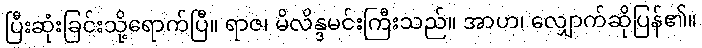
ပြီးဆုံးခြင်းသို့ရောက်ပြီ။ ရာဇ၊ မိလိန္ဒမင်းကြီးသည်။ အာဟ၊ လျှောက်ဆိုပြန်၏။